Annual statistical returns and brief notes on vaccination in Bengal - 1887-1898
Year: 1887
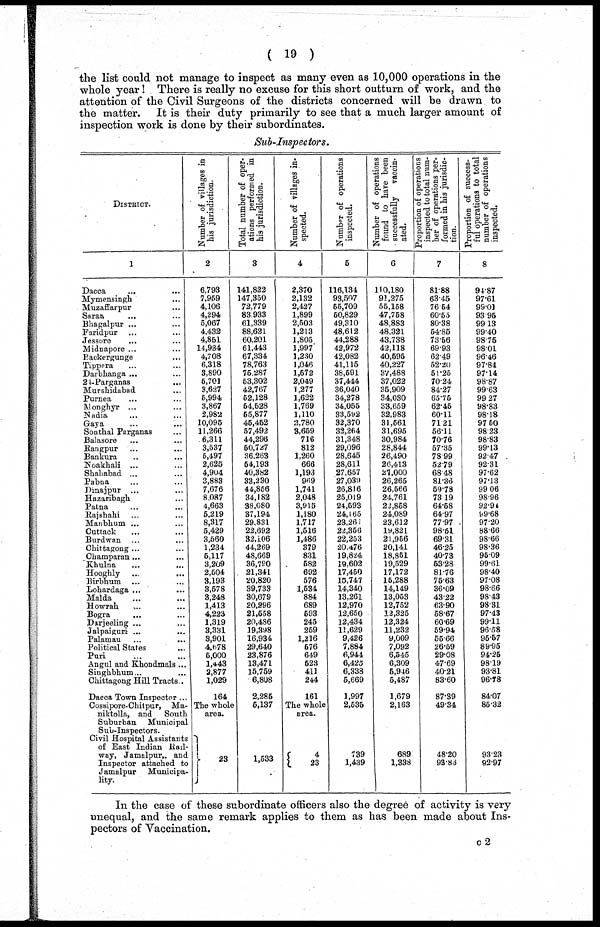
( 19 )
the list could not manage to inspect as many even as 10,000 operations in the
whole year! There is really no excuse for this short outturn of work, and the
attention of the Civil Surgeons of the districts concerned will be drawn to
the matter. It is their duty primarily to see that a much larger amount of
inspection work is done by their subordinates.
Sub-Inspectors.
DISTRICT.
1
Dacca ... ...
Mymensingh ...
Muzaffarpur ...
Saran
... ...
Bhagalpur ... ...
Faridpur ... ...
Jessore
... ...
Midnapore ... ...
Backergunge ...
Tippera ... ...
Darbhanga ... ...
24-Parganas ...
Murshidabad ...
Purnea ... ...
Alonghyr ... ...
Nadia ... ...
Gaya ... ...
Southal Parganas ...
Balasore ... ...
Rangpur ... ...
Bankura ... ...
Noakhali ... ...
Shahabad ... ...
Pabna ... ...
Dinajpur ... ...
Hazaribagh ...
Patna ... ...
Rajshahi ... ...
Manbhum ... ...
Cuttack ... ...
Burdwan ... ...
Chittagong ... ...
Champaran... ...
Khulna ... ...
Hooghly ... ...
Birbhum ... ...
Lohardaga ... ...
Malda ... ...
Howrah
... ...
Bogra ... ...
Darjeeling ... ...
Jalpaiguri ... ...
Palamau ... ...
Political States ...
Puri ... ...
Angul and Khondmals...
Singhbhum... ...
Chittagong Hill Tracts...
Dacca Town Inspector ...
Cossipore-Chilpur, Ma¬
niktolla, and South
Suburban Municipal
Sub-Inspectors.
Civil Hospital Assistants
of East Indian Rail¬
way, Jamalpur, and
Inspector attached to
Jamalpur Municipa-
lity.
Number of villages in
his jurisdiction.
2
6,793
7,959
4,106
4,294
5,067
4,432
4,851
14,934
4,708
6,318
3,890
5,701
3,627
5,994
3,867
2,982
10,095
11,266
6,311
3,537
5,497
2,625
4,904
3,883
7,676
8,087
4,663
5,219
8,317
5,429
3,560
1,234
5,117
3,209
2,504
3,193
3,578
3,248
1,413
4,223
1,319
3,331
3,901
4,678
5,000
1,443
2,877
1,029
164
The whole
area.
23
Total number of oper-
ations performed in
his jurisdiction.
3
141,822
147,350
72,779
83,933
61,339
88,621
60,201
61,443
67,334
78,763
75,287
53,302
42,767
52,128
54,528
55,877
45,452
57,492
44,296
50,727
36,263
54,193
40,382
33,230
44,856
34,182
38,080
37,194
29,831
22,692
32,106
44,269
48,669
36,790
21,341
20,820
39,733
30,679
20,296
21,558
20,486
19,398
16,934
29,640
23,876
13,471
15,769
6,808
2,285
5,137
1,533
Number of villages in-
spected.
4
2,370
2,132
2,427
1,899
2,503
1,213
1,805
1,997
1,230
1,046
1,572
2,049
1,277
1,622
1,769
1,110
2,780
3,659
716
812
1,260
666
1,193
969
1,741
2,048
3,915
1,180
1,717
1,516
1,486
379
831
582
692
576
1,534
884
689
593
245
259
1,216
576
649
523
411
244
161
The whole
area.
4
23
Number of operations
inspected.
5
116,134
93,507
65,709
50,829
49,310
48,612
44,288
42,972
42,082
41,115
38,691
37,444
36,040
34,278
34,055
33,592
32,370
32,264
31,348
29,096
28,645
28,611
27,657
27,039
26,816
25,019
24,593
24,165
23,261
22,356
22,253
20,476
19,824
19,602
17,450
15,747
14,340
13,261
12,970
12,650
12,434
11,629
9,426
7,884
6,944
6,425
6,338
5,669
1,997
2,535
739
1,439
Number of operations
found to have been
successfully
vaccin-
ated.
6
110,180
91,275
55,158
47,758
48,883
48,321
43,738
42,118
40,595
40,227
37,488
37,022
35,909
34,030
33,659
32,983
31,561
31,695
30,984
28,844
26,490
26,413
27,000
26,265
26,566
24,761
22,858
24,089
23,612
19,821
21,956
20,141
18,851
19,529
17,172
15,288
14,149
13,053
12,752
12,325
12,324
11,232
9,009
7,092
6,545
6,309
5,946
5,487
1,679
2,163
689
1,338
Proportion of operations
inspected to total num-
ber of operations per-
formed in his jurisdic-
tion.
7
81.88
63.45
76.54
60.55
80.38
54.85
73.56
69.93
62.49
52.20
51.25
70.24
84.27
65.75
62.45
60.11
71.21
56.11
70.76
57.35
78.99
52.79
68.48
81.36
59.78
73.19
64.58
64.97
77.97
98.51
69.31
46.25
40.73
53.28
81.76
75.63
36.09
43.22
63.90
58.67
60.69
59.94
55.66
26.59
29.08
47.69
40.21
83.60
87.39
49.34
48.20
93.80
Proportion of success-
--- operations to total
number of operations
inspected.
8
94.87
97.61
99.01
93.95
99.13
99.40
98.75
98.01
96.46
97.84
97.14
98.87
99.63
99.27
98.83
98.18
97.60
98.23
98.83
99.13
92.47
92.31
97.62
97.13
99.06
98.96
92.94
99.68
97.20
88.66
98.66
98.36
95.09
99.61
98.40
97.08
98.66
98.43
98.31
97.43
99.11
96.58
95.67
89.95
94.25
98.19
93.81
96.78
84.07
85.32
93.23
92.97
In the case of these subordinate officers also the degree of activity is very
unequal, and the same remark applies to them as has been made about Ins-
pectors of Vaccination.
c2